Civil Veterinary Department Bengal reports 1923-33 - 1923-1933
Year: 1923
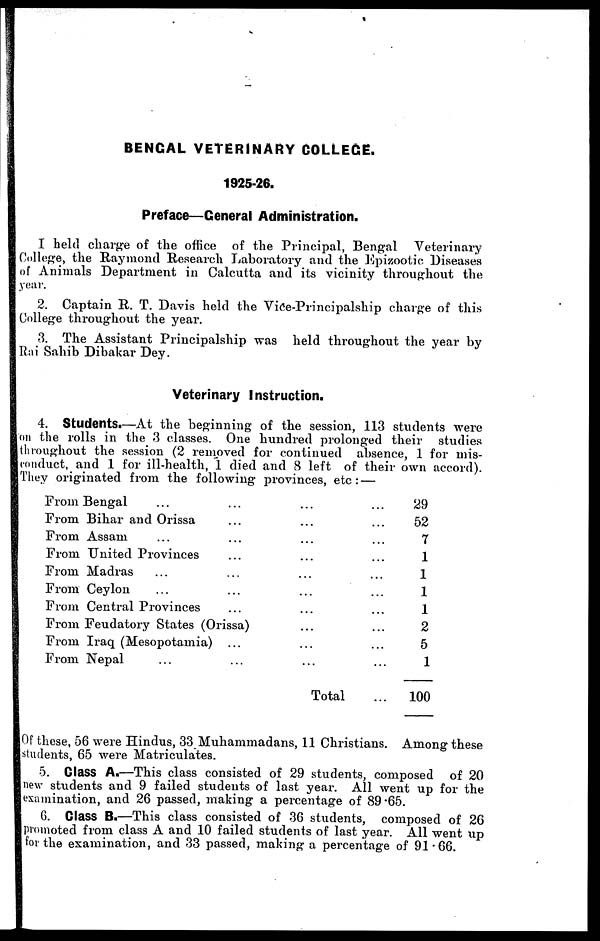
BENGAL VETERINARY COLLEGE.
1925-26.
Preface—General Administration.
I held charge of the office of the Principal, Bengal Veterinary
College, the Raymond Research Laboratory and the Epizootic Diseases
of Animals Department in Calcutta and its vicinity throughout the
year.
2. Captain R. T. Davis held the Vice-Principalship charge of this
College throughout the year.
3. The Assistant Principalship was held throughout the year by
Rai Sahib Dibakar Dey.
Veterinary Instruction.
4. Students.—At the beginning of the session, 113 students were
on the rolls in the 3 classes. One hundred prolonged their studies
throughout the session (2 removed for continued absence, 1 for mis-
conduct, and 1 for ill-health, 1 died and 8 left of their own accord).
They originated from the following provinces, etc : —
From Bengal ...
From Bihar and Orissa
From Assam ...
From United Provinces
From Madras ...
From Ceylon ...
From Central Provinces
...
...
...
...
...
...
...
From Feudatory States (Orissa)
From Iraq (Mesopotamia)
From Nepal ...
...
...
...
...
...
...
...
...
...
...
...
...
Total
...
...
...
...
...
...
...
...
...
...
...
29
52
7
1
1
1
1
2
5
1
100
Of these, 56 were Hindus, 33 Muhammadans, 11 Christians. Among these
students, 65 were Matriculates.
5. Class A.—This class consisted of 29 students, composed of 20
new students and 9 failed students of last year. All went up for the
examination, and 26 passed, making a percentage of 89.65.
6. Class B.—This class consisted of 36 students, composed of 260
promoted from class A and 10 failed students of last year. All went up
for the examination, and 33 passed, making a percentage of 91.66.